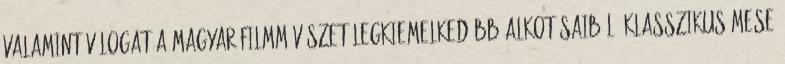
valamint válogat a magyar filmművészet legkiemelkedőbb alkotásaiból, klasszikus mese